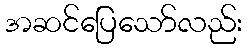
အဆင်ပြေသော်လည်း